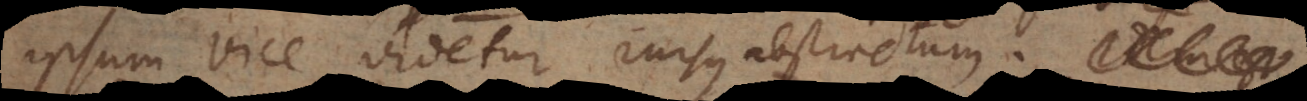
ipsum vice videtur rursus abstractum.